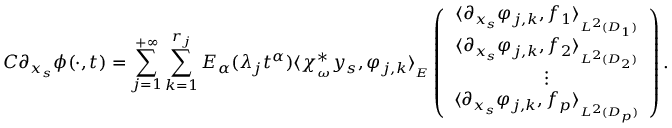
C \partial _ { x _ { s } } \phi ( \cdot , t ) = \displaystyle \sum _ { j = 1 } ^ { + \infty } \sum _ { k = 1 } ^ { r _ { j } } E _ { \alpha } ( \lambda _ { j } t ^ { \alpha } ) \langle \chi _ { _ \omega } ^ { * } y _ { s } , \varphi _ { j , k } \rangle _ { _ { E } } \left( \begin{array} { c } { \langle \partial _ { x _ { s } } \varphi _ { j , k } , f _ { 1 } \rangle _ { _ { L ^ { 2 } ( D _ { 1 } ) } } } \\ { \langle \partial _ { x _ { s } } \varphi _ { j , k } , f _ { 2 } \rangle _ { _ { L ^ { 2 } ( D _ { 2 } ) } } } \\ { \vdots } \\ { \langle \partial _ { x _ { s } } \varphi _ { j , k } , f _ { p } \rangle _ { _ { L ^ { 2 } ( D _ { p } ) } } } \end{array} \right) .